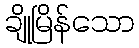
ချိုမြိန်သော